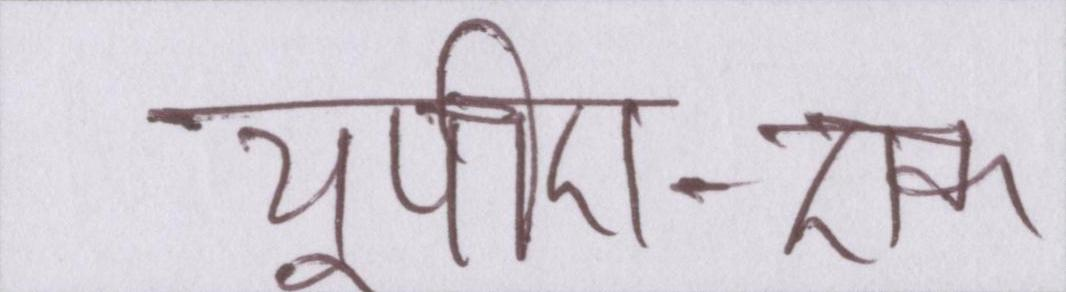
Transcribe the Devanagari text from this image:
यूपीए-एक